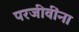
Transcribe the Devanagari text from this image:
परजीवींना